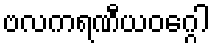
ဗလကရဏီယဝဂ္ဂေါ